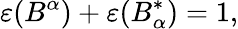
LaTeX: \varepsilon(B^{\alpha})+\varepsilon(B_{\alpha}^{\ast})=1,